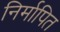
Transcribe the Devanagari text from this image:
निर्मापित